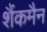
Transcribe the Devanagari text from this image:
शैंकमैन